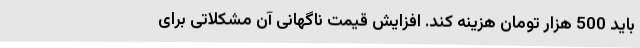
باید 500 هزار تومان هزینه کند. افزایش قیمت ناگهانی آن مشکلاتی برای